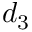
d _ { 3 }